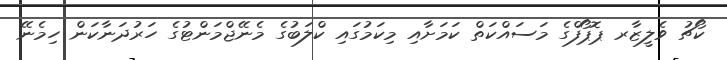
ކޯޗު ވެލީޒާރ ޕޮޕޯފްގެ މަސައްކަތް ކަމަށާއި މިކަމުގައި ކްލަބުގެ މެނޭޖްމަންޓުގެ ހަރުދަނާކަން ހިމެނޭ